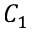
C _ { 1 }